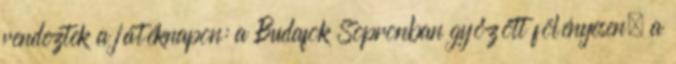
rendeztek a játéknapon: a Budafok Sopronban győzött fölényesen, a